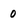
Character: 0